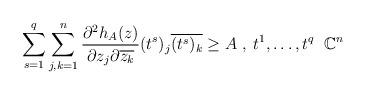
LaTeX: \begin{align*}\sum_{s=1}^{q}\sum_{j,k=1}^{n}\frac{\partial^{2}h_{A}(z)}{\partial z_{j}\partial\overline{z_{k}}}(t^{s})_{j}\overline{(t^{s})_{k}} \geq A\;, \;t^{1}, \hdots, t^{q}\;\;\mathbb{C}^{n}\end{align*}